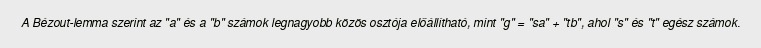
A Bézout-lemma szerint az "a" és a "b" számok legnagyobb közös osztója előállítható, mint "g" = "sa" + "tb", ahol "s" és "t" egész számok.